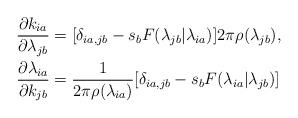
LaTeX: \begin{align*} \frac{\partial k_{ia}}{\partial \lambda_{jb}} &= [\delta_{ia,jb} - s_bF(\lambda_{jb}|\lambda_{ia})]2\pi \rho(\lambda_{jb}),\\ \frac{\partial \lambda_{ia}}{\partial k_{jb}} &= \frac{1}{2\pi \rho(\lambda_{ia})}[\delta_{ia,jb} - s_b F(\lambda_{ia}|\lambda_{jb})]\end{align*}